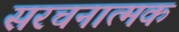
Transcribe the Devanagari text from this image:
सरचनात्मक